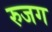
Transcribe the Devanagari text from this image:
रुजग